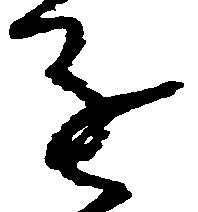
進